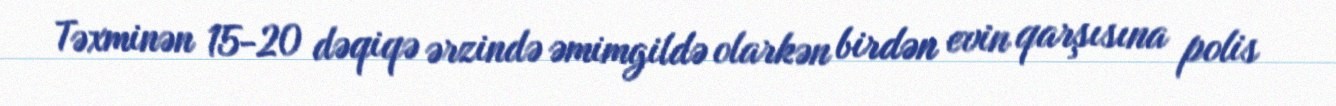
Təxminən 15-20 dəqiqə ərzində əmimgildə olarkən birdən evin qarşısına polis